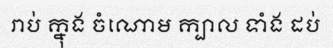
រាប់ ក្នុង ចំណោម ក្បាល ទាំង ដប់